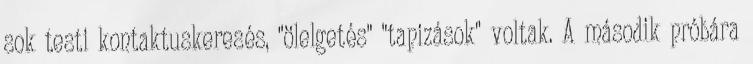
sok testi kontaktuskeresés, "ölelgetés" "tapizások" voltak. A második próbára